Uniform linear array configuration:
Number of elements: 16
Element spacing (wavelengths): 1
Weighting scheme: hann
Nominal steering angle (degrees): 60
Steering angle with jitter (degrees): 61.175
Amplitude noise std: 0.05
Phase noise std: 0.05

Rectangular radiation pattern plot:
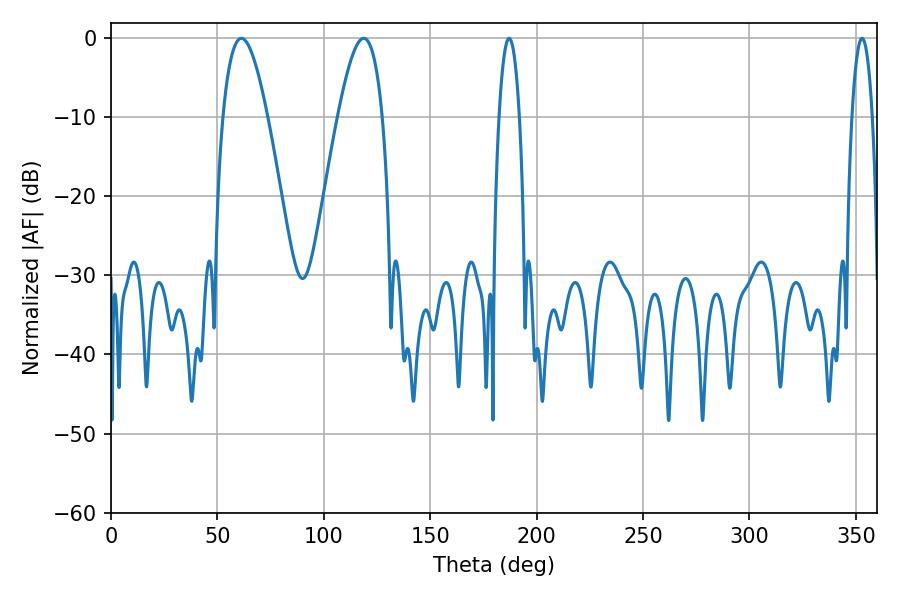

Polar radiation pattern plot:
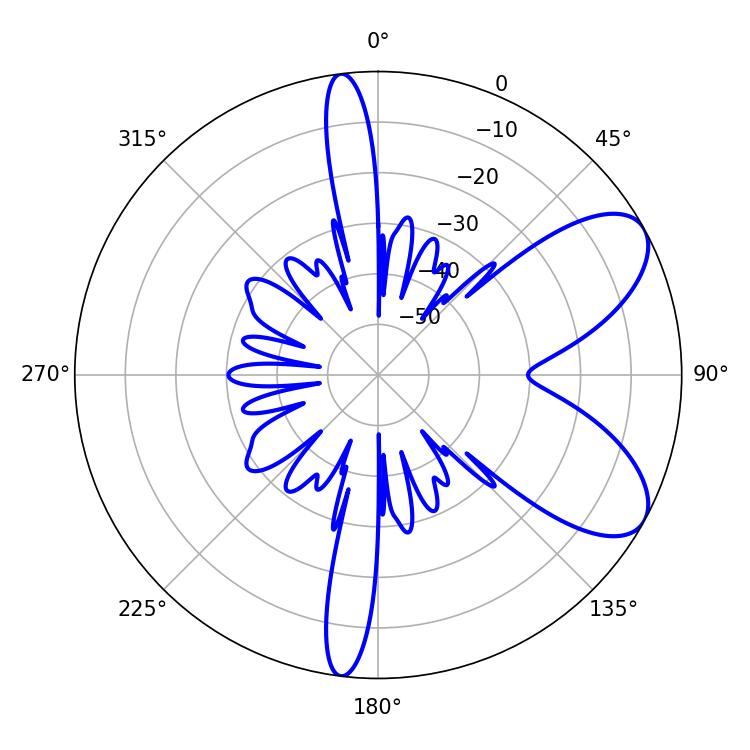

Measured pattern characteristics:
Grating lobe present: TRUE
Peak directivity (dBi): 7.504
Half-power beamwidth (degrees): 11.34
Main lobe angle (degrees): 61.2